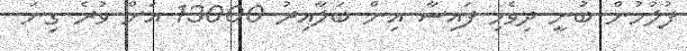
ފުލުހުން ބުނީ ދިވެހި ފައިސާ އިން ބަލާއިރު 13000 އަށް ވުރެ ގިނަ